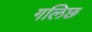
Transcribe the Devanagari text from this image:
गलिछ